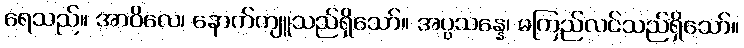
ရေသည်။ အာဝိလေ၊ နောက်ကျူသည်ရှိသော်။ အပ္ပသန္နေ၊ မကြည်လင်သည်ရှိသော်။